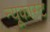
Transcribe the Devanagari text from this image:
न्यूकास्ट